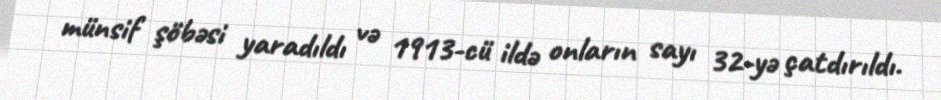
münsif şöbəsi yaradıldı və 1913-cü ildə onların sayı 32-yə çatdırıldı.